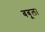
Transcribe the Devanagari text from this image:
बबूल।